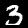
Digit: 3